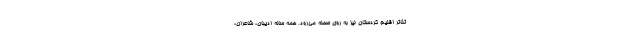
تئاتر اقلیم کردستان نیز به روی صحنه می‌رود. همه ساله ادیبان، شاعران،